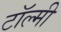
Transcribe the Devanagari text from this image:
टॉल्मी